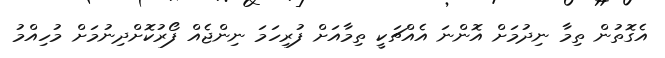
އެގޮތުން ތިމާ ނިދުމަށް އޮންނަ އެއްޗަކީ ތިމާއަށް ފުރިހަމަ ނިންޖެއް ފޯރުކޮށްދިނުމަށް މުހިއްމު